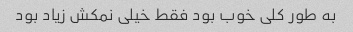
به طور کلی خوب بود فقط خیلی نمکش زیاد بود